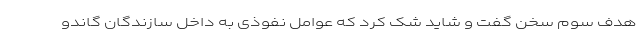
هدف سوم سخن گفت و شاید شک کرد که عوامل نفوذی به داخل سازندگان گاندو